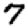
Digit: 7